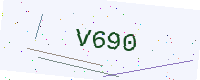
Text: V690